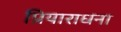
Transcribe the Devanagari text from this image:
प्रियाराधना